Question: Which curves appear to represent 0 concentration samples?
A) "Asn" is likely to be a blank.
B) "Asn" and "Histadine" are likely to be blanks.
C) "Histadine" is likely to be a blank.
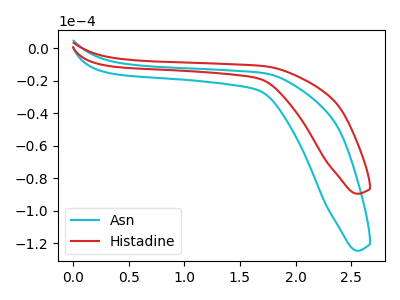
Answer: <think>The cyan curve "Asn" has no peaks. The red curve "Histadine" has no peaks.</think>
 <answer>B) "Asn" and "Histadine" are likely to be blanks.</answer>
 <eval>B</eval>